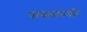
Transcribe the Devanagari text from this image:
पावलांपर्यंत